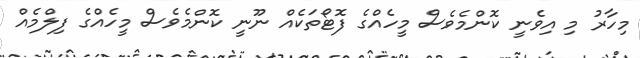
މިހާރު މި އިވެނީ ކޮންމެވެސް މީހެއްގެ ފޮޓޯތަކެއް ނޫނީ ކޮންމެވެސް މީހެއްގެ ފިލްމެއް